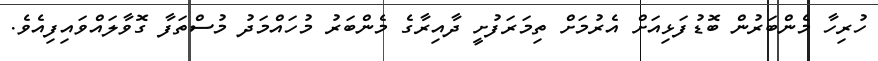
ހުރިހާ މެންބަރުން ބޮޑުފަޅިއަށް އެރުމަށް ތިމަރަފުށީ ދާއިރާގެ މެންބަރު މުހައްމަދު މުސްތަފާ ގޮވާލައްވައިފިއެވެ.